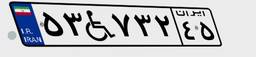
۸۰W۸۸۴۳۴